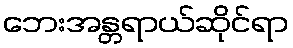
ဘေးအန္တရာယ်ဆိုင်ရာ